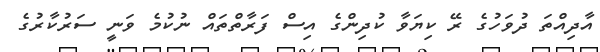
އާދިއްތަ ދުވަހުގެ ރޭ ކިޔަވާ ކުދިންގެ އިސް ފަރާތްތައް ނުކުމެ ވަނީ ސަރުކާރުގެ